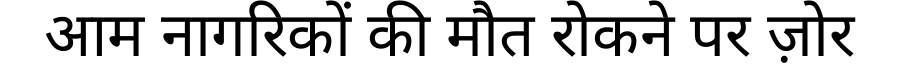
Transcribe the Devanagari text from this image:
आम नागरिकों की मौत रोकने पर ज़ोर